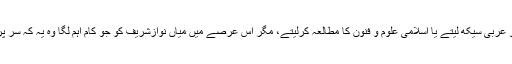
اس عرصے میں وہ چاہتے تو عربی سیکھ لیتے یا اسلامی علوم و فنون کا مطالعہ کرلیتے، مگر اس عرصے میں میاں نوازشریف کو جو کام اہم لگا وہ یہ کہ سر پر مصنوعی بال اگالیے جائیں۔